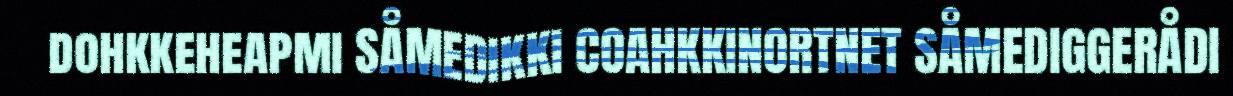
dohkkeheapmi SÅMEDIKKI COAHKKINORTNET SÅMEDIGGERÅDI